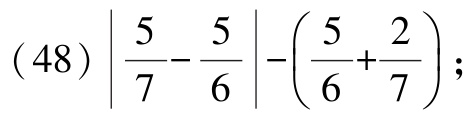
\((48)\left|\frac{5}{7}-\frac{5}{6}\right|-\left(\frac{5}{6}+\frac{2}{7}\right);\)